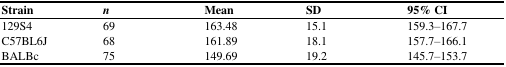
<table><thead><tr><td><b>Strain</b></td><td><b><i>n</i></b></td><td><b>Mean</b></td><td><b>SD</b></td><td><b>95% CI </b></td></tr></thead><tbody><tr><td>129S4</td><td>69</td><td>163.48</td><td>15.1</td><td>159.3–167.7</td></tr><tr><td>C57BL6J</td><td>68</td><td>161.89</td><td>18.1</td><td>157.7–166.1</td></tr><tr><td>BALBc</td><td>75</td><td>149.69</td><td>19.2</td><td>145.7–153.7</td></tr></tbody></table>